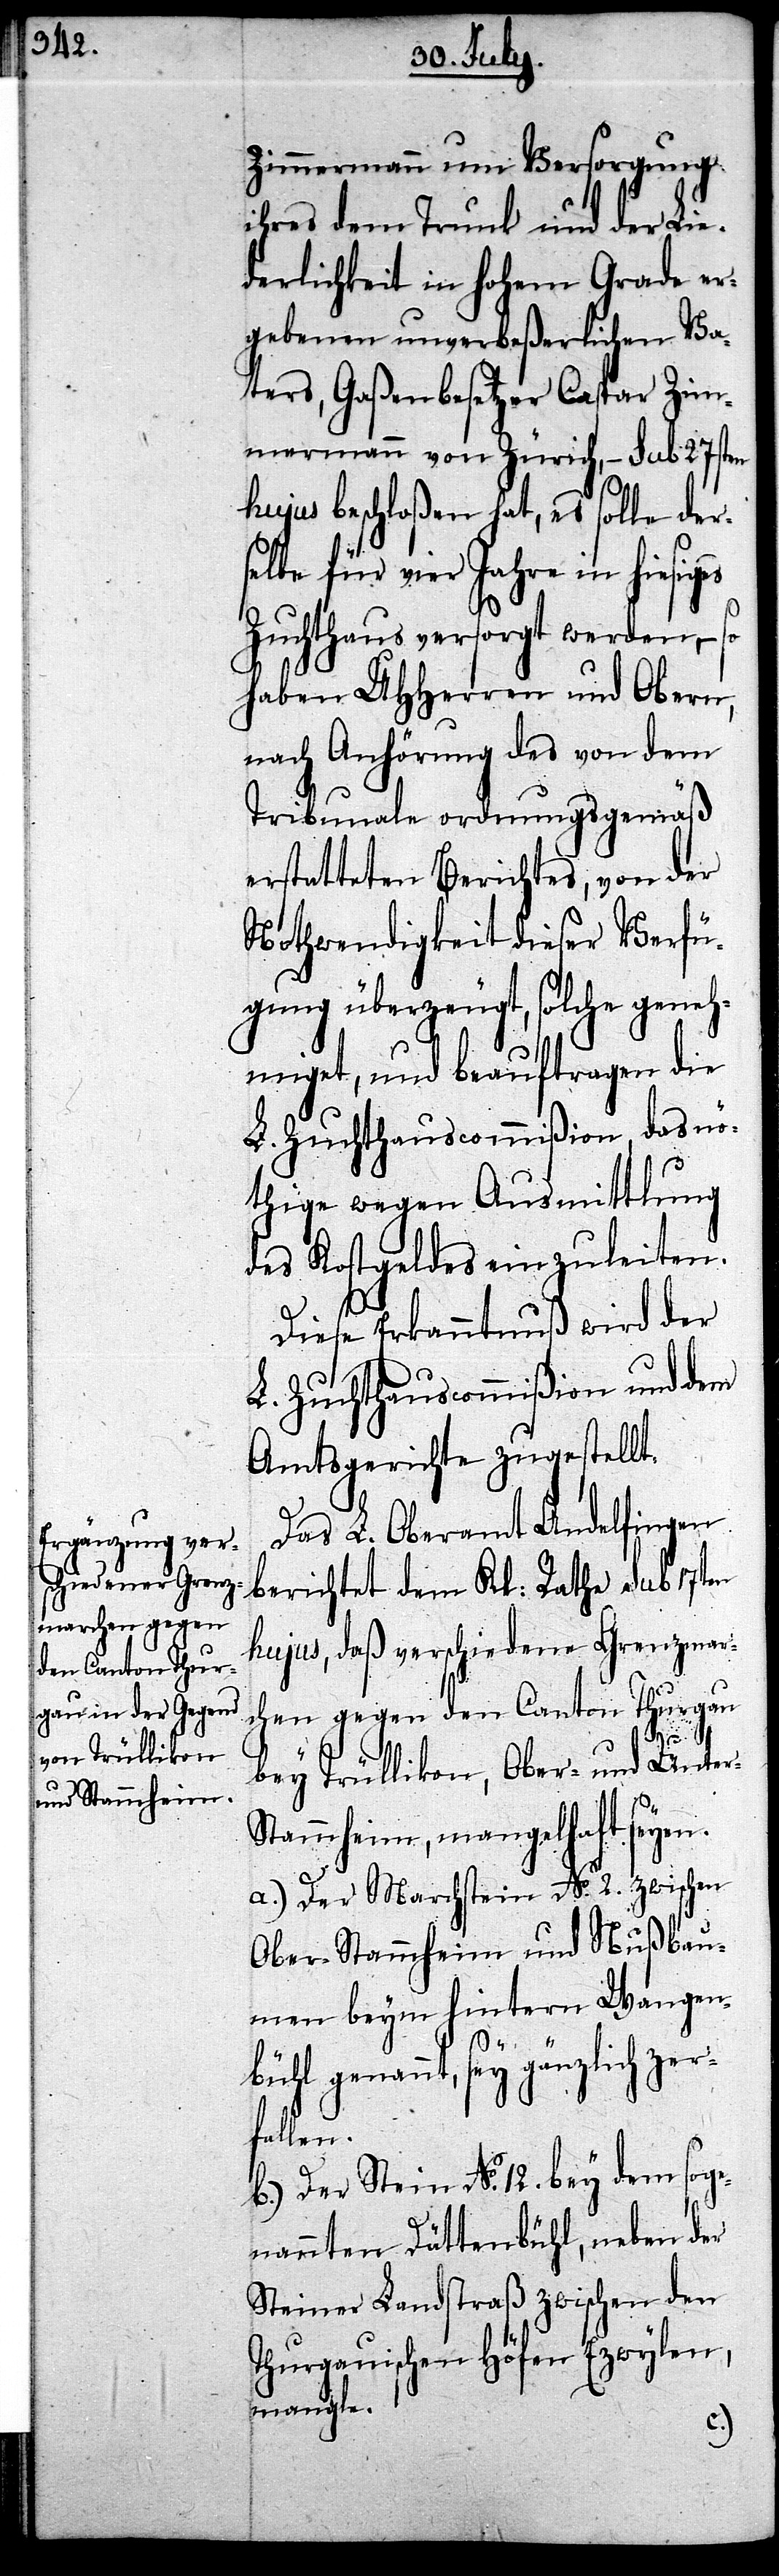
Zimmermann um Versorgung
ihres dem Trunk und der Lie¬
derlichkeit in Hohem Grade er¬
gebenen unverbeßerlichen Va¬
ters, Gaßenbesetzer Caspar Zim¬
mermann von Zürich, – sub 27sten
hujus beschloßen hat, es solle der¬
selbe für vier Jahre in hiesiges
Zuchthaus versorgt werden, – so
haben UHHerren und Obern,
nach Anhörung des von dem
Tribunale ordnungsgemäß
erstatteten Berichtes, von der
Nothwendigkeit dieser Verfü¬
gung überzeugt, solche geneh¬
miget, und beauftragen die
L. Zuchthauscommißion, das nö¬
thige wegen Ausmittlung
des Kostgeldes einzuleiten.
Diese Erkanntnuß wird der
L. Zuchthauscommißion und dem
Amtsgerichte zugestellt.
Das L. Oberamt Andelfingen
berichtet dem Kl: Rathe sub 17ten
hujus, daß verschiedene Grenzmar¬
chen gegen den Canton Thurgau
r-S¬
bey Trüllikon, Ober- und Unte¬
tammheim, mangelhaft seyen.
a.) Der Marchstein No. 2. zwischen
Ober-Stammheim und Nußbau¬
men beym hintern Wangen¬
bühl genannt, sey gänzlich zer¬
fallen.
b.) Der Stein No. 12. bey dem soge¬
nannten Dättenbühl, neben der
Steiner Landstraß zwischen den
Thurgauischen Höfen Ezwylen,
mangle.